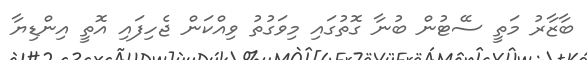
ބާޒާރު މަތީ ސޭޓުން ބުނާ ގޮތުގައި މިވަގުތު ވިއްކަން ޖެހިފައި އޮތީ އިންޑިޔާ